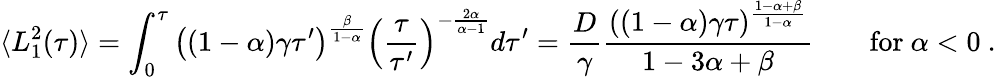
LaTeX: \langle L_{1}^{2}(\tau)\rangle=\int_{0}^{\tau}\left((1-\alpha)\gamma\tau^{\prime}\right)^{\frac{\beta}{1-\alpha}}\left(\frac{\tau}{\tau^{\prime}}\right)^{-\frac{2\alpha}{\alpha-1}}d\tau^{\prime}=\frac{D}{\gamma}\frac{((1-\alpha)\gamma\tau)^{\frac{1-\alpha+\beta}{1-\alpha}}}{1-3\alpha+\beta}\qquad\mathrm{for}\ \alpha<0\ .